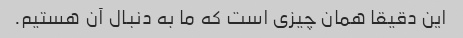
این دقیقا همان چیزی است که ما به دنبال آن هستیم.